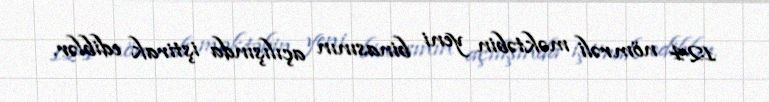
124 nömrəli məktəbin yeni binasının açılışında iştirak ediblər.